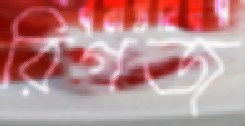
রিগজ